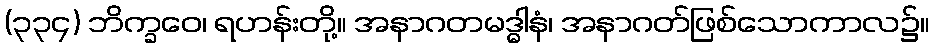
(၃၃၄) ဘိက္ခဝေ၊ ရဟန်းတို့။ အနာဂတမဒ္ဓါနံ၊ အနာဂတ်ဖြစ်သောကာလ၌။